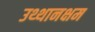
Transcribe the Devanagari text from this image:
उथ्थानक्षम